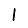
Digit: 1